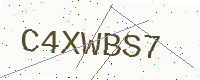
Text: C4XWBS7